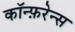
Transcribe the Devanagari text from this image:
कॉन्फ़रेन्स